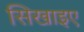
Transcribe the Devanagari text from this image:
सिखाइए